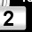
Digit: 2